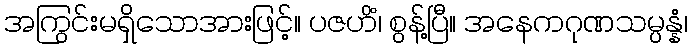
အကြွင်းမရှိသောအားဖြင့်။ ပဇဟိံ၊ စွန့်ပြီ။ အနေကဂုဏသမ္ပန္နံ၊